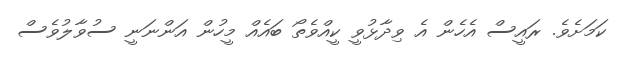
ކަމަށެވެ. ރައީސް އެެހެން އެ ވިދާޅުވީ ކީއްވެތޯ ބައެއް މީހުން އަންނަނީ ސުވާލުވެސް